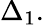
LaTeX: \Delta_{1}.